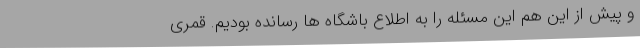
و پیش از این هم این مسئله را به اطلاع باشگاه ها رسانده بودیم. قمری